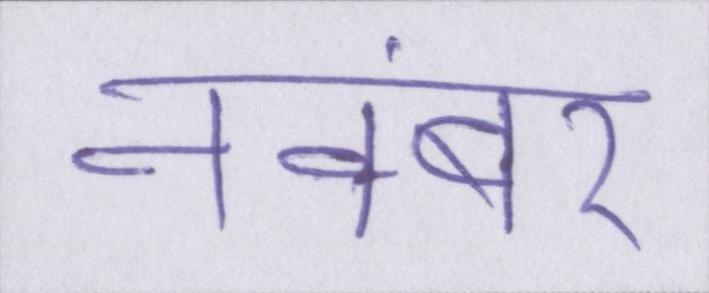
नवंबर